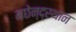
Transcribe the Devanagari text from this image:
मछेन्‍द्रथान